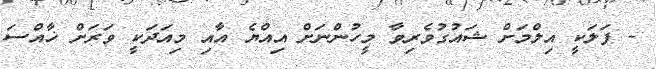
- ފަލަކީ އިލްމަށް ޝައުގުވެރިވާ މީހުންނަށް އިއްޔެ އާއި މިއަދަކީ ވަރަށް ޚާއްސަ